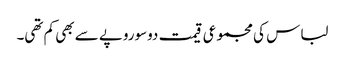
لباس کی مجموعی قیمت دوسوروپے سے بھی کم تھی۔